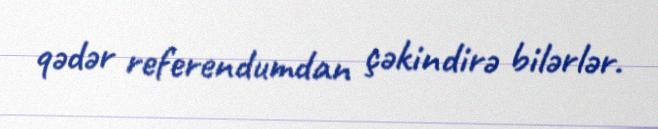
qədər referendumdan çəkindirə bilərlər.